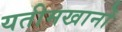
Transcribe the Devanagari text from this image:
यतीमखानों